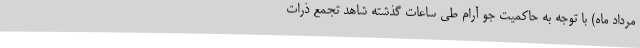
مرداد ماه) با توجه به حاکمیت جو آرام طی ساعات گذشته شاهد تجمع ذرات